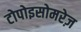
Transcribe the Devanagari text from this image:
टोपोइसोमरेज़